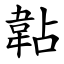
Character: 䪓